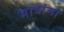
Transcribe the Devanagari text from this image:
मात्रांना